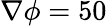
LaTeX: \nabla\phi=50